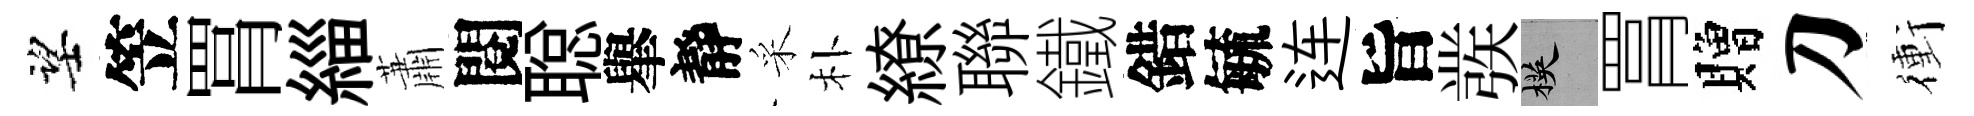
望笠罥緇蕭閱聪𦦙靜采朴繚聯鐵錯毓连旨彂楧罥贈刀衝